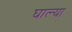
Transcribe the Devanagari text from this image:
घाल्या